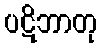
ပဋိဘာတု